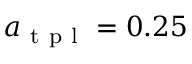
a _ { \mathrm { ~ t ~ p ~ l ~ } } = 0 . 2 5